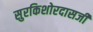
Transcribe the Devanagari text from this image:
सुरकिशोरदासजी